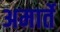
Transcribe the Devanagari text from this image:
अमार्ते